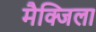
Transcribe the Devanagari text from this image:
मैक्जिला